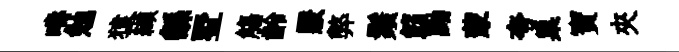
疇勉猿纈繇墅觴齡覈弊鬚筯黝蒙夸巢寳夾